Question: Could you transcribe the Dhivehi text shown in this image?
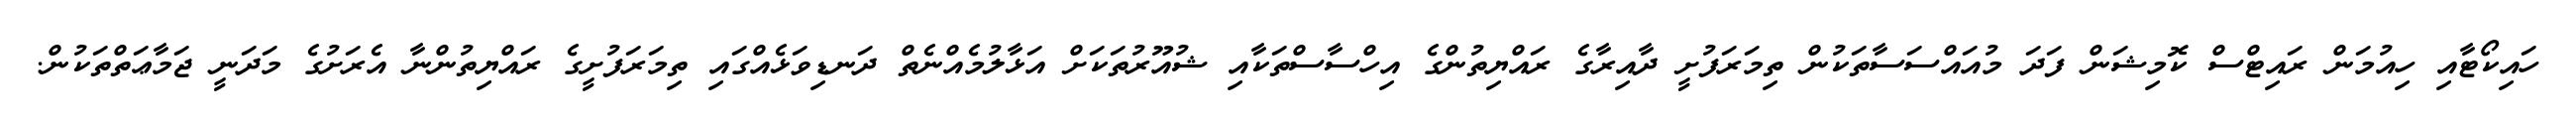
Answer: ހައިކޯޓާއި ހިއުމަން ރައިޓްސް ކޮމިޝަން ފަދަ މުއައްސަސާތަކުން ތިމަރަފުށީ ދާއިރާގެ ރައްޔިތުންގެ އިހްސާސްތަކާއި ޝުއޫރުތަކަށް އަޅާލުމެއްނެތް ދަނޑިވަޅެއްގައި ތިމަރަފުށީގެ ރައްޔިތުންނާ އެރަށުގެ މަދަނީ ޖަމާޢަތްތަކުން.